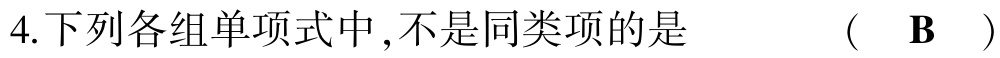
4.下列各组单项式中,不是同类项的是 （ B ）